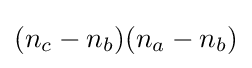
(n_{c}-n_{b})(n_{a}-n_{b})